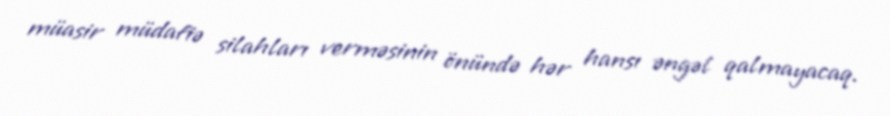
müasir müdafiə silahları verməsinin önündə hər hansı əngəl qalmayacaq.